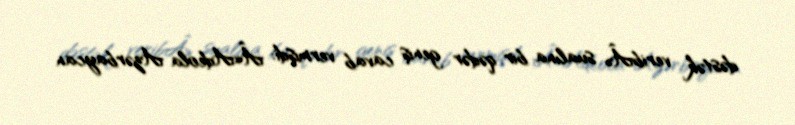
dəstək veribÂ» sualına bir qədər geniş cavab vermişdi: Â«Adeola Azərbaycan